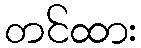
တင်ထား